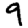
Digit: 9